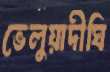
ভেলুয়াদীঘি